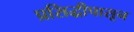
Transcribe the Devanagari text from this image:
प्रसिद्धीपासून